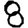
Digit: 8